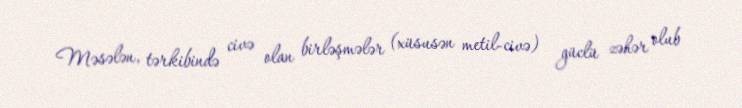
Məsələn, tərkibində civə olan birləşmələr (xüsusən metil-civə) güclü zəhər olub